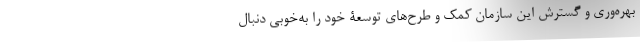
بهره‌وری و گسترش این سازمان کمک و طرح‌های توسعۀ خود را به‌خوبی دنبال